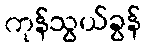
ကုန်သွယ်ခွန်